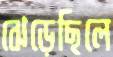
ঝেড়েছিলে